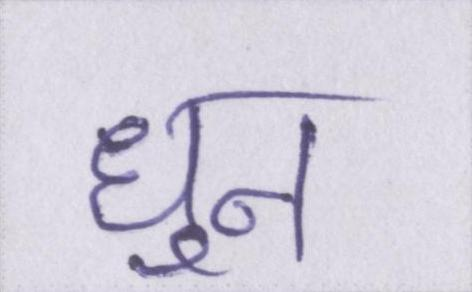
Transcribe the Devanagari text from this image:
धुन